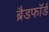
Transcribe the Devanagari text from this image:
ब्रैडफाॅर्ड